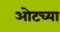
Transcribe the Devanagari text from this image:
ओटच्या